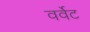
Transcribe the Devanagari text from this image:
वर्वेट